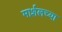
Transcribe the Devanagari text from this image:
मार्शलच्या